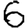
Digit: 6